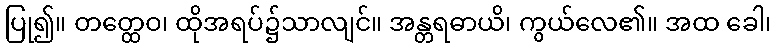
ပြု၍။ တတ္ထေဝ၊ ထိုအရပ်၌သာလျင်။ အန္တရဓာယိ၊ ကွယ်လေ၏။ အထ ခေါ၊